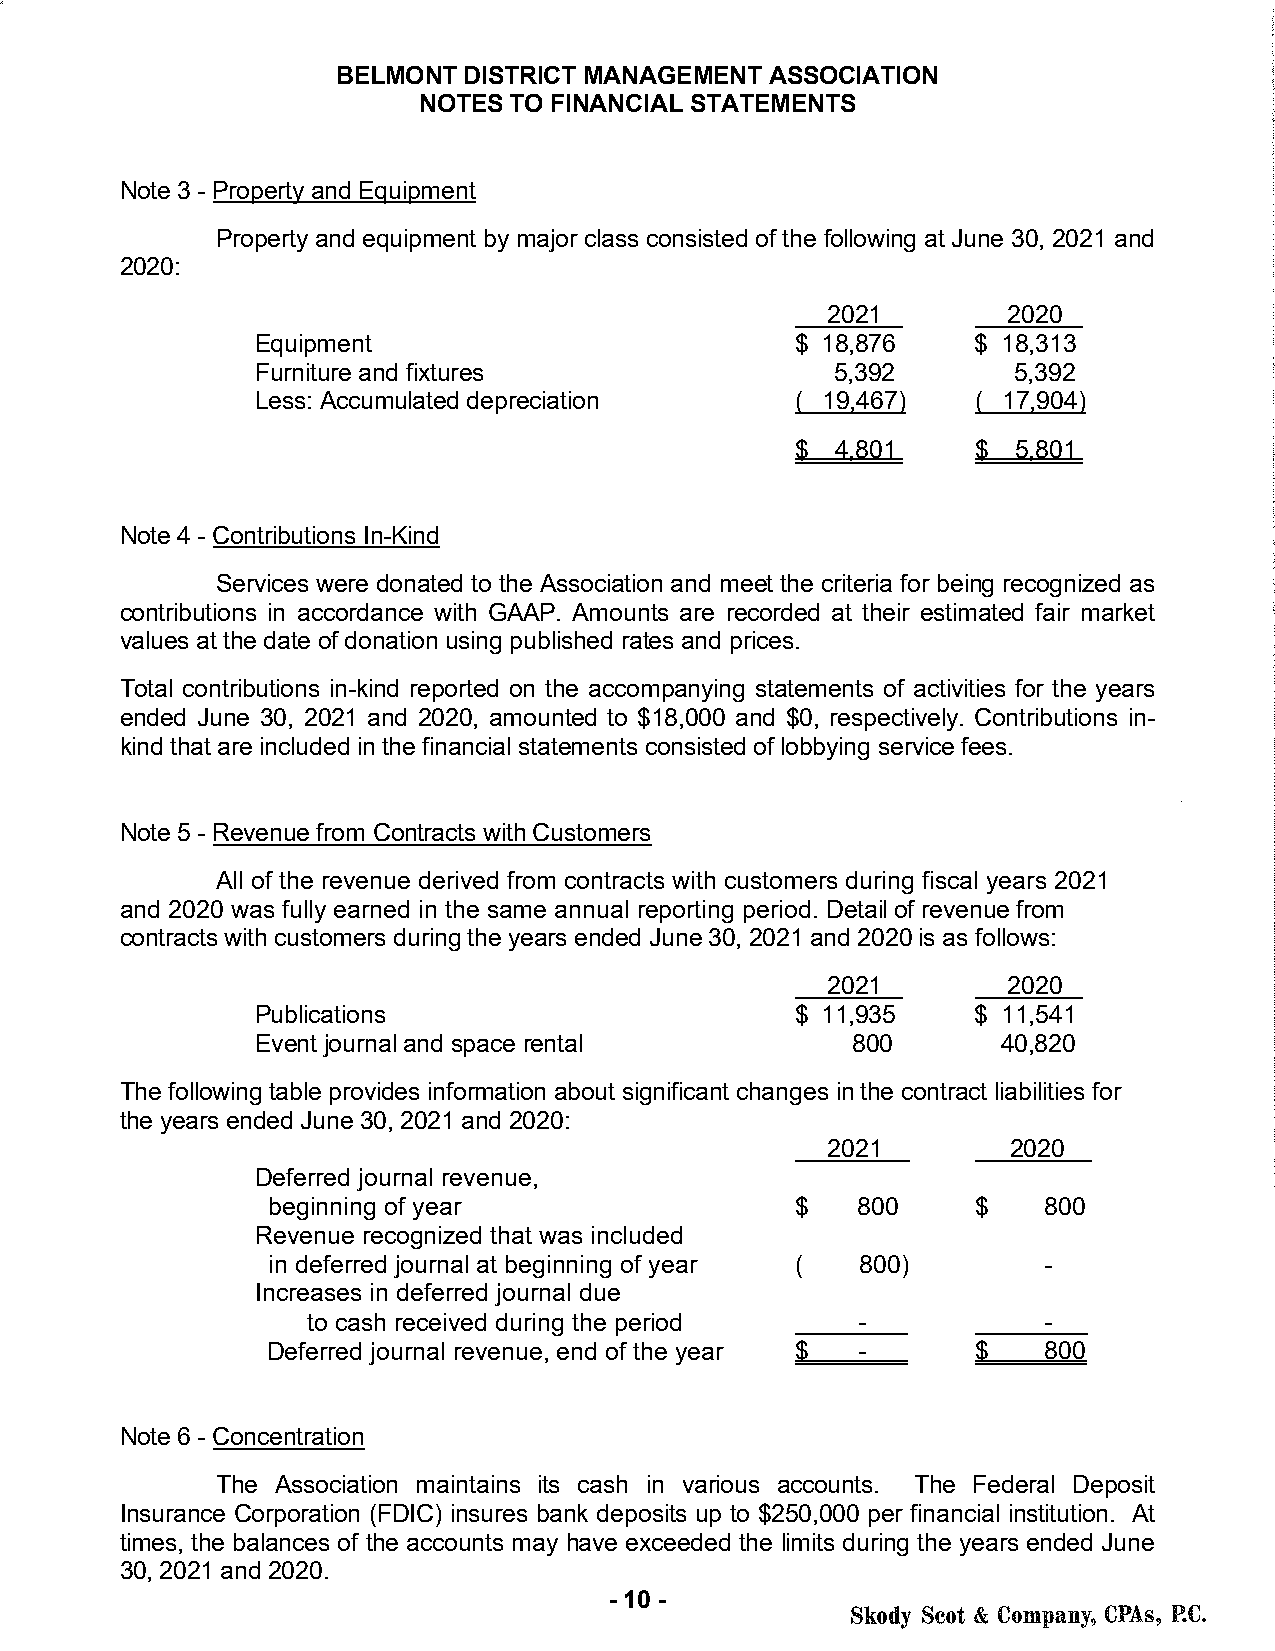
BELMONT  DISTRICT MANAGEMENT ASSOCIATION
 NOTES TO FINANCIAL STATEMENTS
 Note 3 - Property and Equipment
 Property and equipment by major class consisted of the following at June 30, 2021 and
 2020:
 2021        2020
 Equipment                           $ 18,876    $ 18,313
 Furniture and fixtures                5,392       5,392
 Less: Accumulated depreciation      ( 19,467)   ( 17,904)
 $ 4,801     $ 5,801
 Note 4 - Contributions In-Kind
 Services were donated to the Association and meet the criteria for being recognized as
 contributions in accordance with GAAP. Amounts are recorded at their estimated fair market
 values at the date of donation using published rates and prices.
 Total contributions in-kind reported on the accompanying statements of activities for the years
 ended June 30, 2021 and 2020, amounted to $18,000 and $0, respectively. Contributions in-
 kind that are included in the financial statements consisted of lobbying service fees.
 Note 5 - Revenue from Contracts with Customers
 All of the revenue derived from contracts with customers during fiscal years 2021
 and 2020 was fully earned in the same annual reporting period. Detail of revenue from
 contracts with customers during the years ended June 30, 2021 and 2020 is as follows:
 2021        2020
 Publications                        $ 11,935    $ 11,541
 Event journal and space rental         800       40,820
 The following table provides information about significant changes in the contract liabilities for
 the years ended June 30, 2021 and 2020:
 2021        2020
 Deferred journal revenue,
 beginning of year                  $   800     $   800
 Revenue recognized that was included
 in deferred journal at beginning of year ( 800)    -
 Increases in deferred journal due
 to cash received during the period   -           -
 Deferred journal revenue, end of the year $ -  $   800
 Note 6 - Concentration
 The Association maintains its cash in various accounts. The Federal Deposit
 Insurance Corporation (FDIC) insures bank deposits up to $250,000 per financial institution. At
 times, the balances of the accounts may have exceeded the limits during the years ended June
 30, 2021 and 2020.
 - 10 -